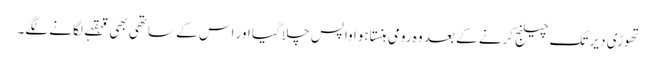
تھوڑی دیر تک چیلنج کرنے کے بعد وہ رومی ہنستا ہوا واپس چلا گیا اور اس کے ساتھی بھی قہقہے لگانے لگے۔